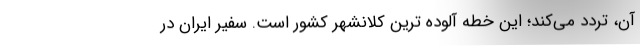
آن، تردد می‌کند؛ این خطه آلوده ترین کلانشهر کشور است. سفیر ایران در